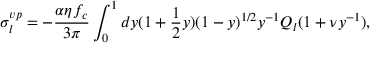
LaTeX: \sigma _ { l } ^ { v p } = - \frac { \alpha \eta f _ { c } } { 3 \pi } \int _ { 0 } ^ { 1 } d y ( 1 + \frac { 1 } { 2 } y ) ( 1 - y ) ^ { 1 / 2 } y ^ { - 1 } Q _ { l } ( 1 + \nu y ^ { - 1 } ) ,